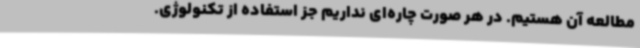
مطالعه آن هستیم. در هر صورت چاره‌ای نداریم جز استفاده از تکنولوژی.